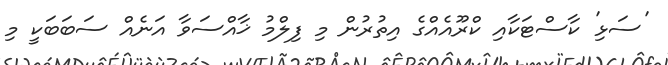
'ސަޅި' ކާސްޓަކާއި ކްރޫއެއްގެ އިތުރުން މި ފިލްމު ޚާއްސަވާ އަނެއް ސަބަބަކީ މި